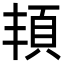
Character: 𩑚